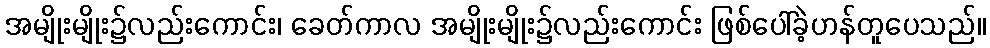
အမျိုးမျိုး၌လည်းကောင်း၊ ခေတ်ကာလ အမျိုးမျိုး၌လည်းကောင်း ဖြစ်ပေါ်ခဲ့ဟန်တူပေသည်။